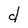
Character: d